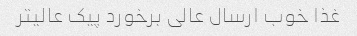
غذا خوب ارسال عالی برخورد پیک عالیتر